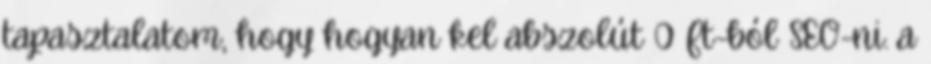
tapasztalatom, hogy hogyan kel abszolút 0 Ft-ból SEO-ni. a